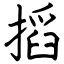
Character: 搯